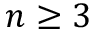
n \geq 3